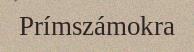
Prímszámokra